Civil Veterinary Dept. Assam report 1911-1927 - 1911-1927
Year: 1911
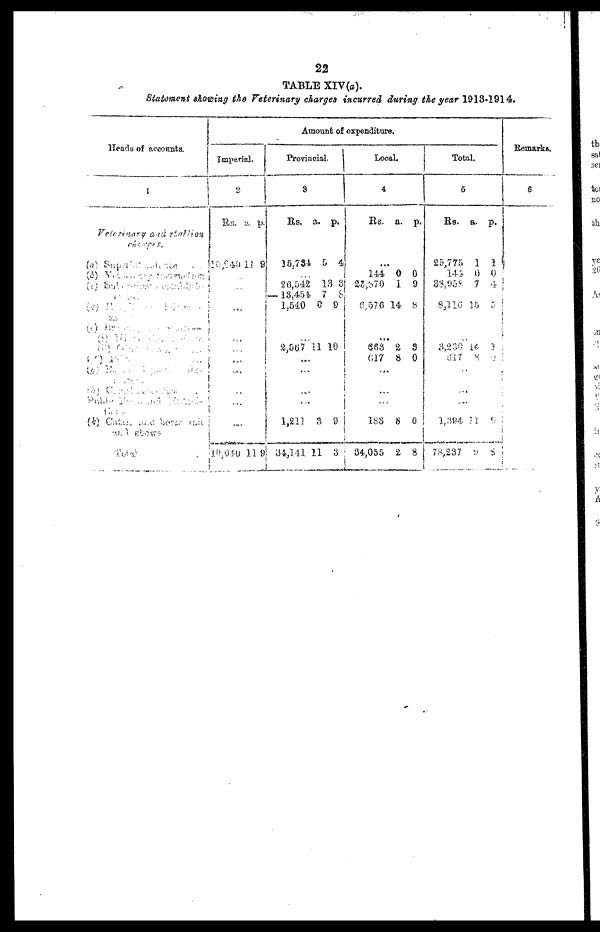
22
TABLE XIV(a).
Statement showing the Veterinary charges incurred during the year 1913-1914.
Heads of accounts.
1
Veterinary and Stallion
charges
(a)
Total
Amount of expenditure.
Imperial.
2
Rs.
a. p.
10,940
11 9
...
...
...
...
...
...
...
...
...
10,040
1 1 9
Provincial.
3
Rs. a. p.
15,734 5 4
...
20,542
— 13,454
1,540
13
7
6
3
8
9
...
2,567 11 10
...
...
...
...
1,211
34,141
3
11
9
3
Local.
4
Rs. a. p.
...
144
25,870
0
1
0
9
...
6,576 14 8
...
863
617 2 8
3
0
...
...
...
188
34,055
8
2
0
8
Total.
5
Rs.
a. p.
25,775
144
38,958
1
0
7
1
0
4
8,116 15 5
...
3,236
517
14
8
3
9
...
...
...
1,394
78,237
11
9
9
8
Remarks,
6